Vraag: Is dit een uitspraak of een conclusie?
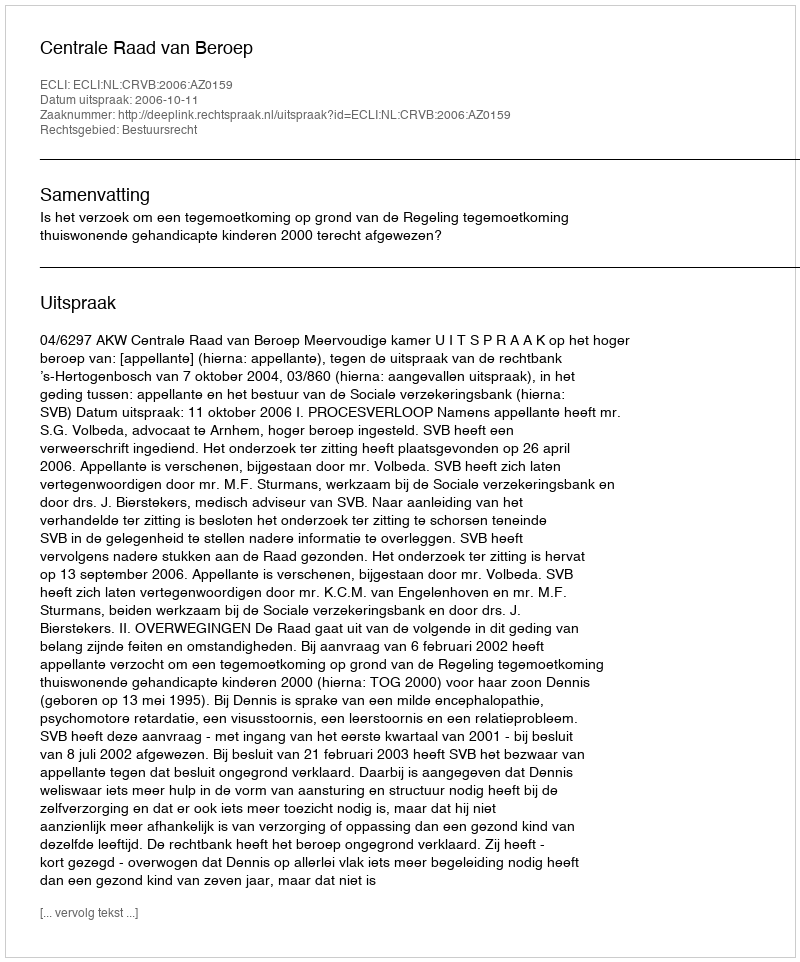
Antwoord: Uitspraak